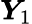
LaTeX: \boldsymbol{Y}_{1}